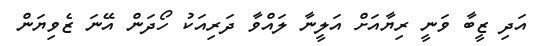
އަދި ޒީބާ ވަނީ ރިޔާއަށް އަލީނާ ލައްވާ ދަރިއަކު ހޯދަން އޭނަ ޒެވިޔަން